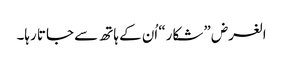
الغرض ”شکار“ اُن کے ہاتھ سے جاتا رہا۔